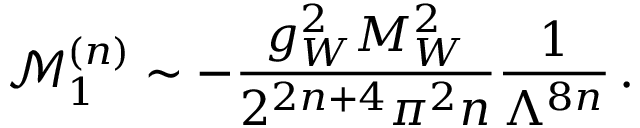
\mathcal { M } _ { 1 } ^ { ( n ) } \sim - \frac { g _ { W } ^ { 2 } M _ { W } ^ { 2 } } { 2 ^ { 2 n + 4 } \pi ^ { 2 } n } \frac { 1 } { \Lambda ^ { 8 n } } \, .